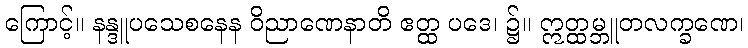
ကြောင့်။ နန္ဒူပသေစနေန ဝိညာဏေနာတိ ဧတ္ထ ပဒေ၊ ၌။ ဣတ္ထမ္ဘူတလက္ခဏေ၊